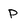
Character: p